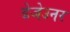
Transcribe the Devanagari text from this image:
डेजेउनर